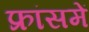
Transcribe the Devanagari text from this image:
फ्रांसमें